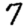
Digit: 7